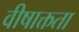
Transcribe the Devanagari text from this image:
वीषाक्तता